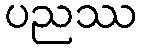
ပညဿ